Annual report of the Bengal Veterinary College and of the Civil Veterinary Department, Bengal, for the year 1899-1900 - 1899-1900
Year: 1899
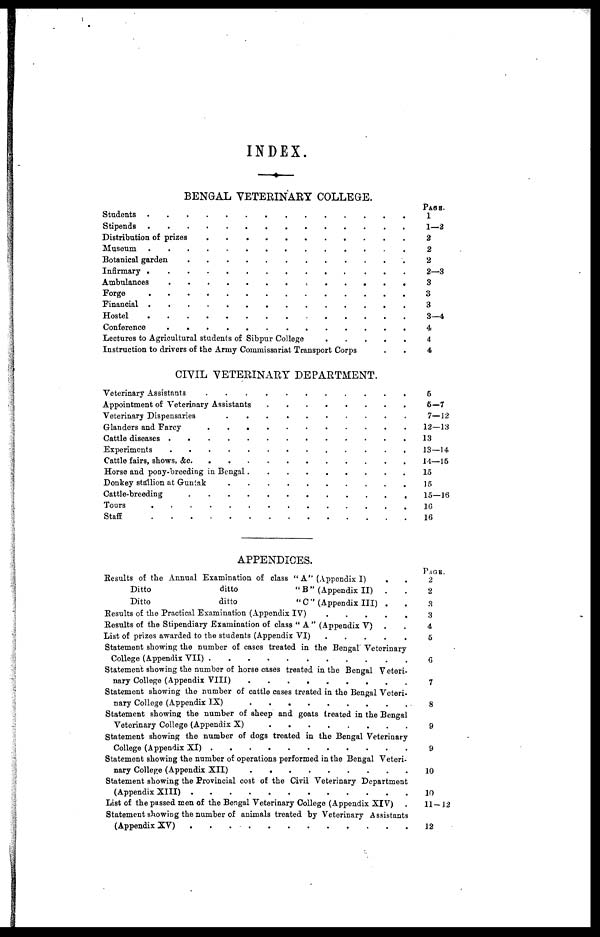
INDEX.
BENGAL VETERINARY COLLEGE
Students
Stipends
Distribution of prizes
Museum
Botanical garden
Infirmary
Ambulances
.............
Forge
.
.
.
.
...............................................
Financial
Hostel
Conference
Lectures to Agricultural students of Sibpur College
Instruction to drivers of the Army Commissariat Transport Corps ...........
CIVIL VETERINARY DEPARTMENT.
Veterinary Assistants ..................................................
Appointment of Veterinary Assistants .......................................
Veterinary Dispensaries ......................................
Glanders and Farcy ..............................................
Cattle diseases .....................................................
Experiments ..................................................
Cattle fairs, shows, &c. ...........................................
Horse and pony-breeding in Bengal ........................................
Donkey stallion at Guntak .............................................
Cattle-breeding .......................................................
Tours ...................................................
Staff ......................................................
APPENDICES.
Results of the Annual Examination of class " A" (Appendix 1) ....
Ditto
ditto
"B"
(Appendix II) ....
Ditto
ditto
" C " (Appendix III) .. .
Results of the Practical Examination (Appendix IV)
Results of the Stipendiary Examination of class " A " (Appendix V) ............
List of prizes awarded to the students (Appendix VI)
Statement showing the number of cases treated in the Bengal Veterinary
College (Appendix VII) ..............
Statement showing the number of horse cases treated in the Bengal Veteri-
nary College (Appendix VIII) ..........................
Statenient showing the number of cattle cases treated in the Bengal Veteri-
nary College (Appendix IX) ..........................
Statement showing the number of sheep and goats treated in the Bengal
Veterinary College (Appendix X) ..........................
Statement showing the number of dogs treated in the Bengal Veterinary
College (Appendix XI) ..........................
Statement showing the number of operations performed in the Bengal Veteri-
nary College (Appendix XII) ..........................
Statement showing the Provincial cost of the Civil Veterinary Department
(Appendix XIII) ..........................
List of the passed men of the Bengal Veterinary College (Appendix XIV)
Statement showing the number of animals treated by Veterinary Assistants
(Appendix XV) ..........................
PAGE
1
1—2
2
2
2
2—3
3
3
3
3—4
4,
4
4
5
5-7
7—12
12—13
13
13—14
14—15
15
15
15—16
16
16
PAGE
2
2
3
3
4
5
6
7
8
9
9
10
10
11 — 12
12